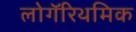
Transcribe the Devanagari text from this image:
लोगॅरिथमिक